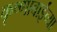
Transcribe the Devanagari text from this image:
कृष्णाबाईंच्या